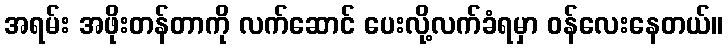
အရမ်း အဖိုးတန်တာကို လက်ဆောင် ပေးလို့လက်ခံရမှာ ဝန်လေးနေတယ်။